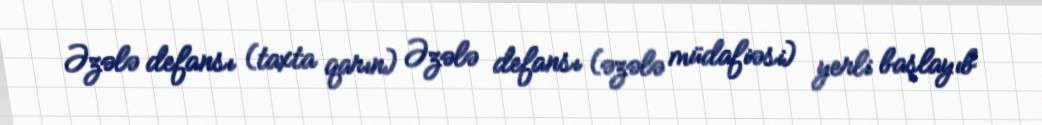
Əzələ defansı (taxta qarın) Əzələ defansı (əzələ müdafiəsi) yerli başlayıb